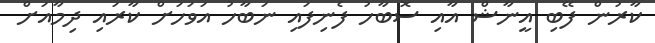
ކާރުން ފޭބި އީނާޝް އާއި ސޮބާހު ފެނިފައި ނަބާހު އަވަހަށް ކާރައި ދިމާއަށް